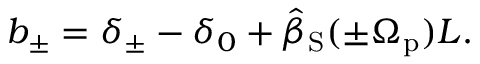
b _ { \pm } = \delta _ { \pm } - \delta _ { 0 } + \hat { \beta } _ { \mathrm { S } } ( \pm \Omega _ { \mathrm { p } } ) L .